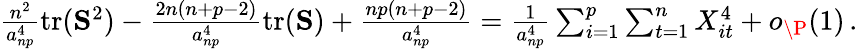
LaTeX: \begin{array}{r}{\frac{n^{2}}{a_{np}^{4}}\operatorname{tr}({\mathbf S}^{2})-\frac{2n(n+p-2)}{a_{np}^{4}}\operatorname{tr}({\mathbf S})+\frac{np(n+p-2)}{a_{np}^{4}}=\frac{1}{a_{np}^{4}}\sum_{i=1}^{p}\sum_{t=1}^{n}X_{it}^{4}+o_{\P}(1)\, .}\end{array}